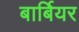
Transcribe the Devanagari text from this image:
बार्बियर